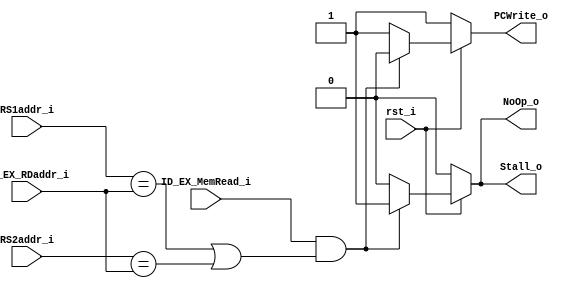
module Hazard_Detection_Unit
(
    rst_i,
    RS1addr_i,
    RS2addr_i,
    ID_EX_RDaddr_i,
    ID_EX_MemRead_i,
    NoOp_o,
    Stall_o,
    PCWrite_o,
);

input rst_i;
input [4:0] RS1addr_i;
input [4:0] RS2addr_i;
input [4:0] ID_EX_RDaddr_i;
input ID_EX_MemRead_i;
output NoOp_o;
output Stall_o;
output PCWrite_o;

reg NoOp_o;
reg Stall_o;
reg PCWrite_o;

always @(*) begin
    if (~rst_i) begin
        NoOp_o = 1'b0;
        Stall_o = 1'b0;
        PCWrite_o = 1'b1;
    end
    else
    if (ID_EX_MemRead_i && ((RS1addr_i == ID_EX_RDaddr_i) || (RS2addr_i == ID_EX_RDaddr_i))) begin
        NoOp_o = 1'b1;
        Stall_o = 1'b1;
        PCWrite_o = 1'b0;
    end
    else begin
        NoOp_o = 1'b0;
        Stall_o = 1'b0;
        PCWrite_o = 1'b1;
    end
end

endmodule